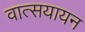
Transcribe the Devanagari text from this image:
वात्सयायन